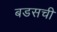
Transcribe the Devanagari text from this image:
बडसची